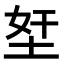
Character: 𡋖